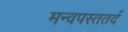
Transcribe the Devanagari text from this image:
मन्वपस्ततर्द